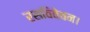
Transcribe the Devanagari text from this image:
रसविवेचन।